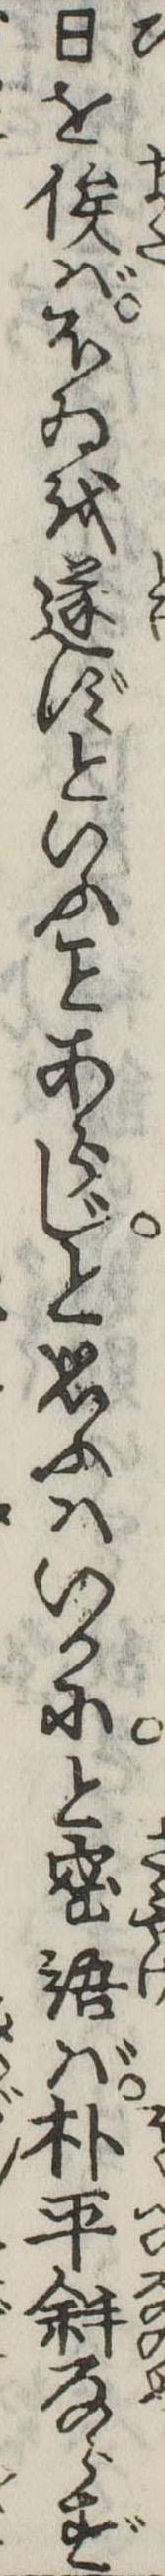
日を俟ばほゐを遂ずといふあらじと思ふはいかにと密語ば朴平斜ならず